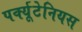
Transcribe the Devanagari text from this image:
पर्क्यूटेनियस